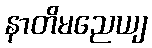
နာတိမညေယျ